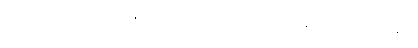
ကျဆုံးခဲ့ရတဲ့အတွက် မြို့နဲ့ အထက်ဗမာပြည်အတွက် နစ်နာခဲ့ရပေမဲ့ ဦးရာဇတ်